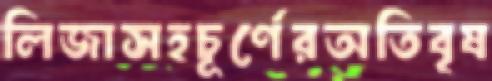
লিজাসহচূর্ণেরঅতিবৃষ